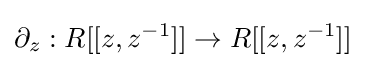
\partial _{z}:R[[z,z^{-1}]]\rightarrow R[[z,z^{-1}]]